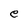
Character: e